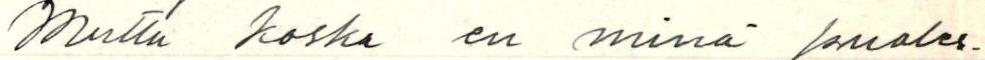
Mutta koska en minä puoles-